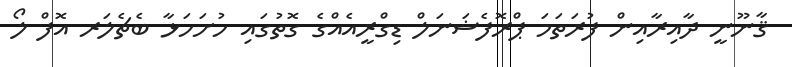
ޤާނޫނީ ދާއިރާއިން ފުރަތަމަ ޕްރޮފެޝަނަލް ޑިގްރީއެއްގެ ގޮތުގައި ހުށަހަޅާ ބެޗެލަރ އޮފް ލޯ